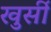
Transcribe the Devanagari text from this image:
खुर्सी